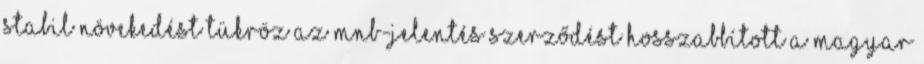
Stabil növekedést tükröz az MNB-jelentés Szerződést hosszabbított a magyar